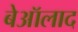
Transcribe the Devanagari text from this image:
बेऑलाद